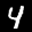
Digit: 4